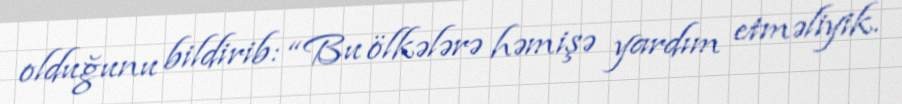
olduğunu bildirib: “Bu ölkələrə həmişə yardım etməliyik.